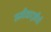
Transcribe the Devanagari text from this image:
समीक्षादृष्टीची